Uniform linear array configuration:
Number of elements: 64
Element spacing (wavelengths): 1
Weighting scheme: hann
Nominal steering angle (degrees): -30
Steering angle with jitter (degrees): -28.725
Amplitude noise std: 0.05
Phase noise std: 0.05

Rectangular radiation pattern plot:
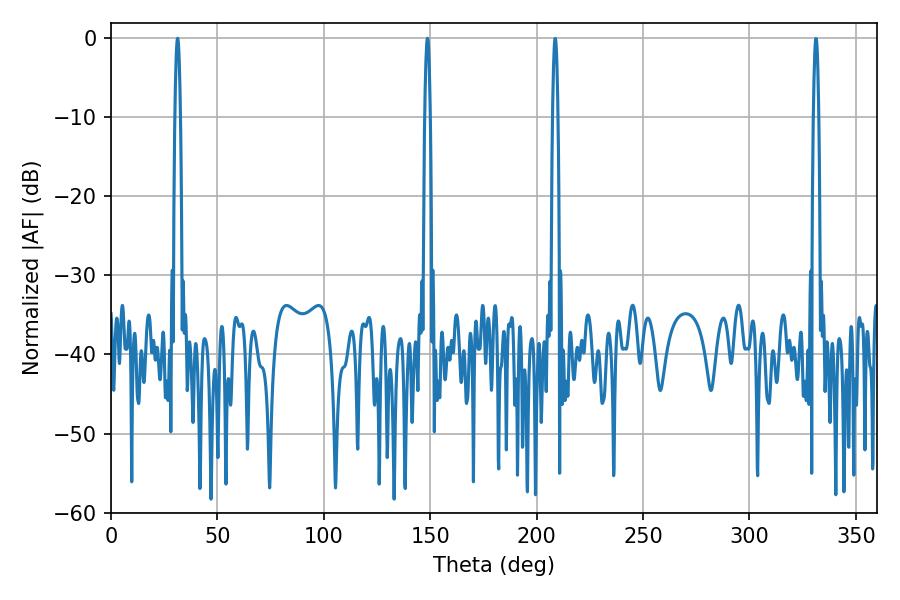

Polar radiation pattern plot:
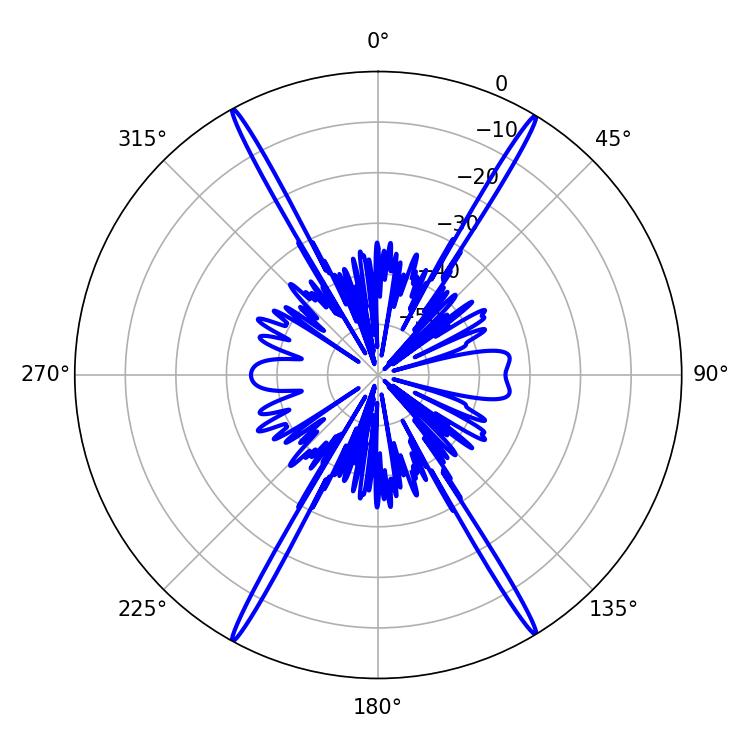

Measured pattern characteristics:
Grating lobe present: TRUE
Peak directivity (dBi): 28.457
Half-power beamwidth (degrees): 1.44
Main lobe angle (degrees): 148.68